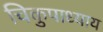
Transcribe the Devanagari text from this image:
चिकुपाध्याय